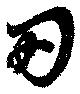
両